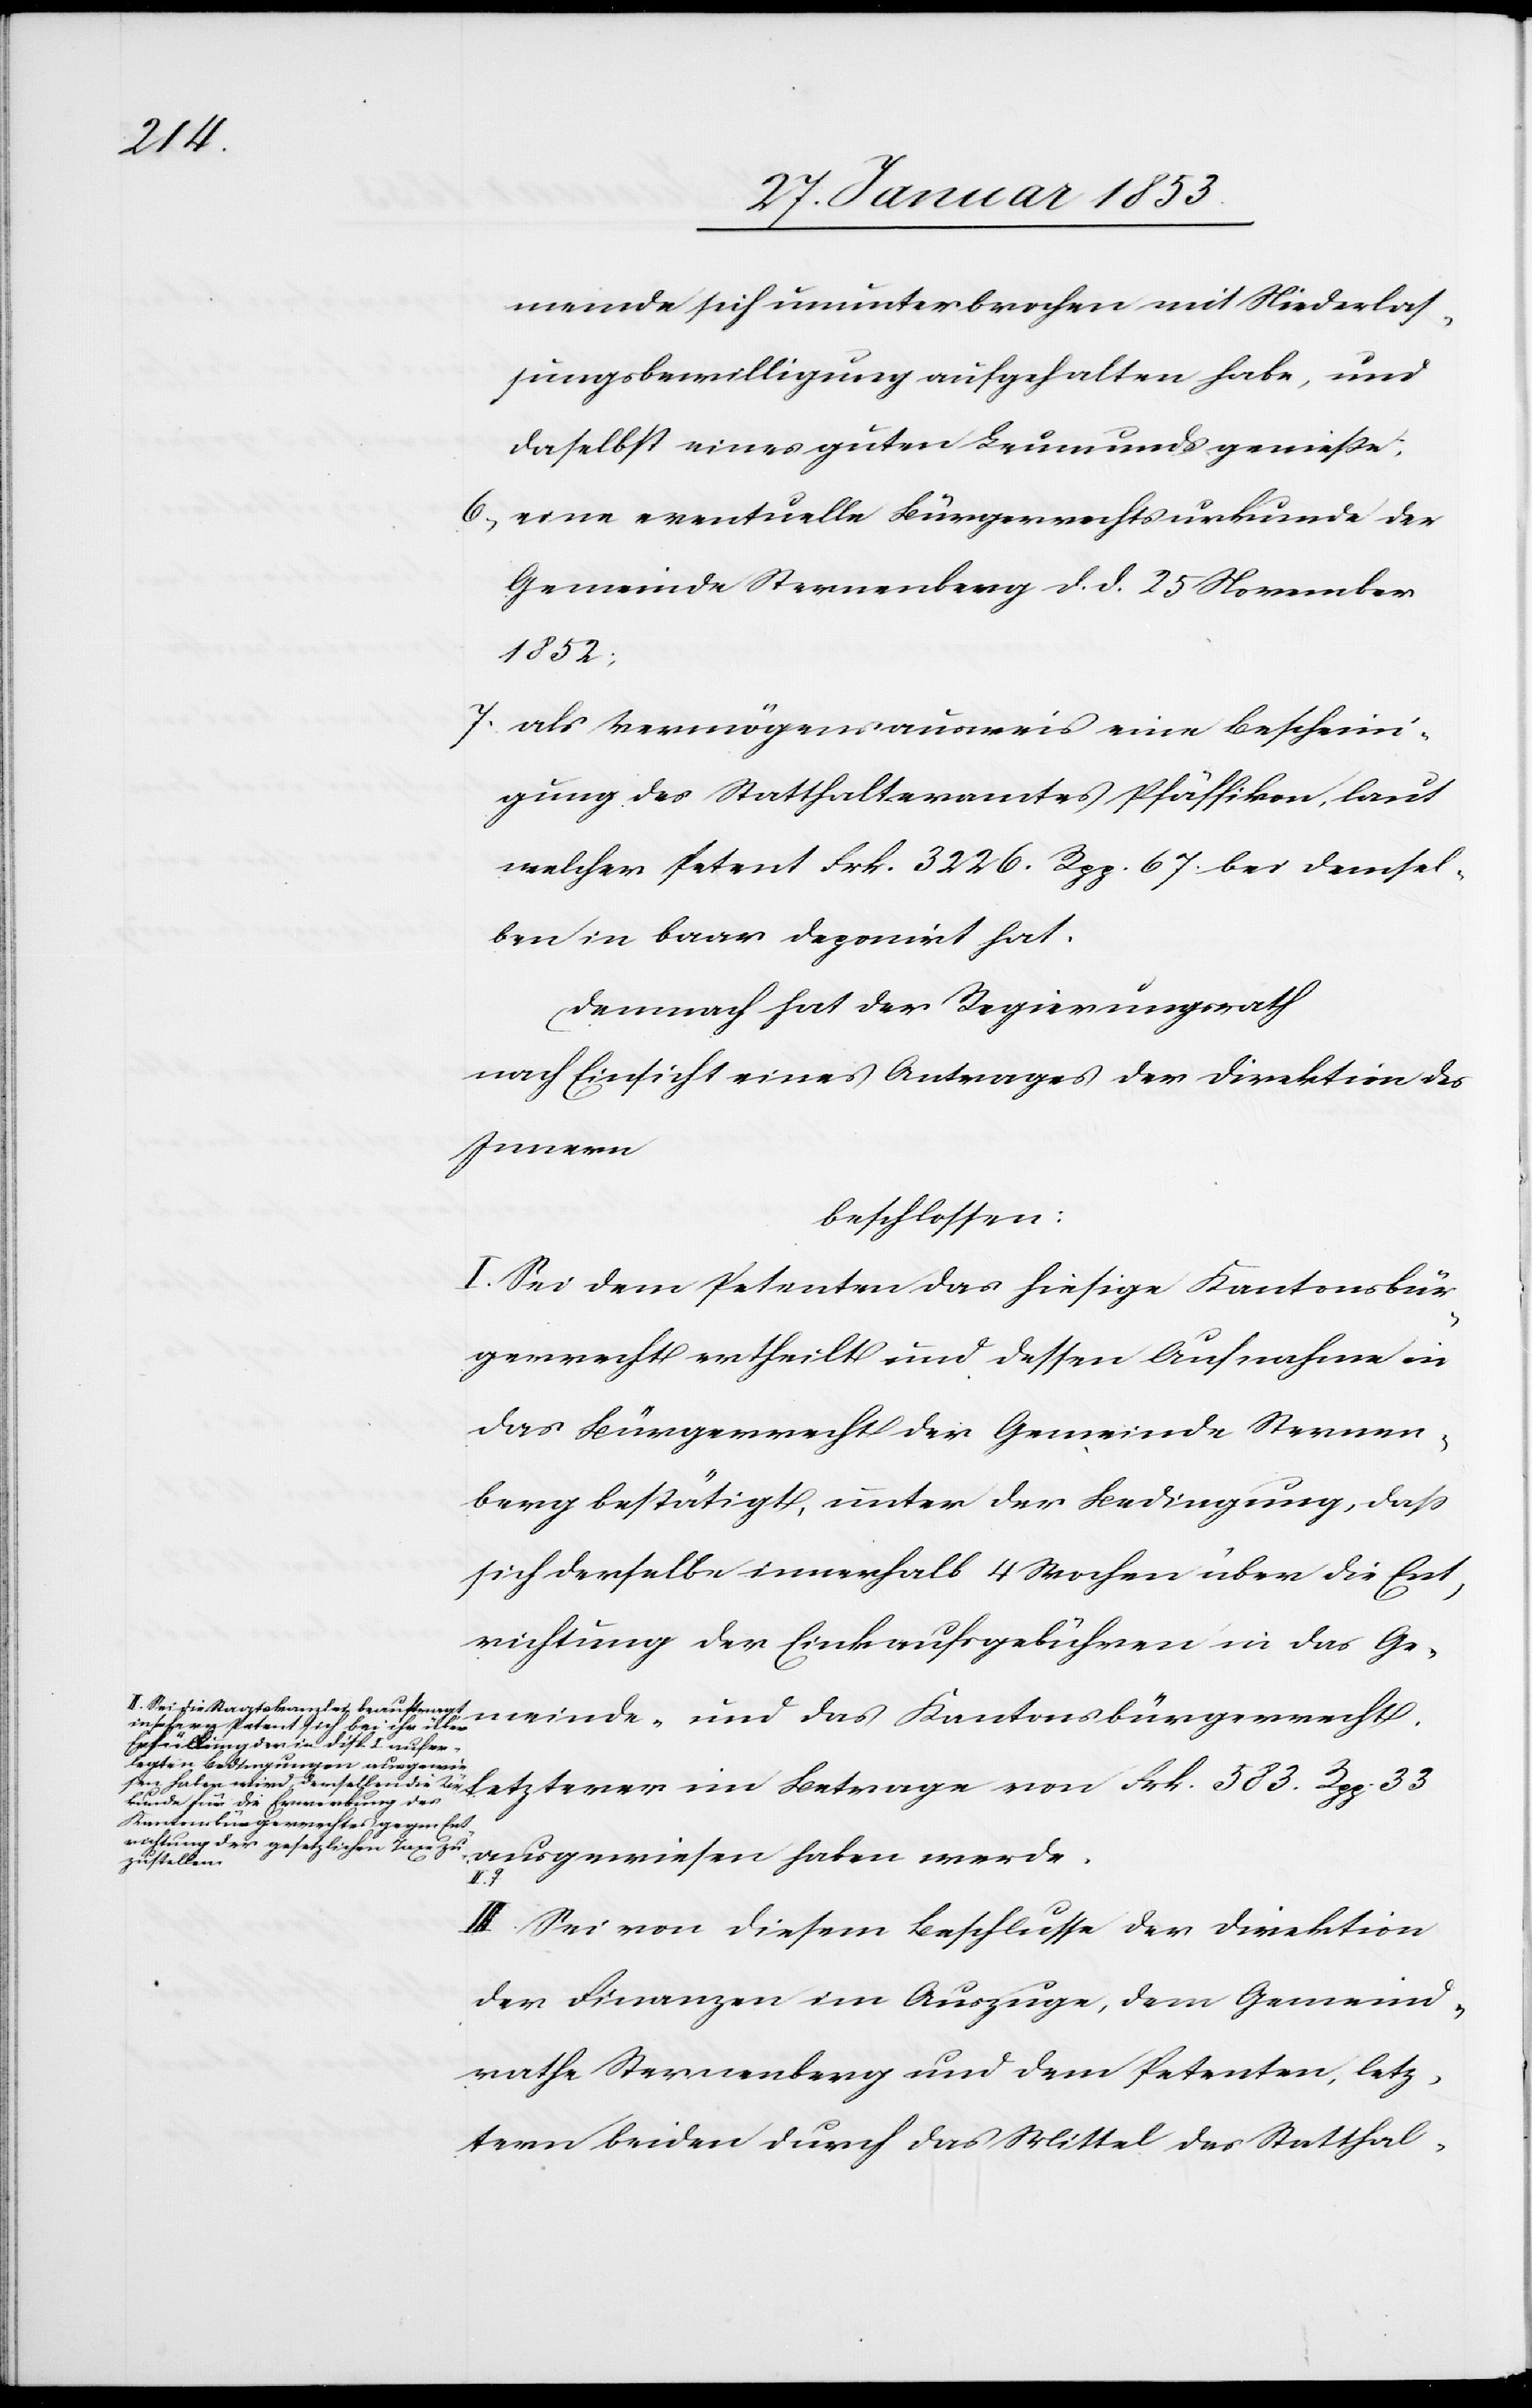
meinde sich ununterbrochen mit Niederlaß¬
ungsbewilligung aufgehalten habe, und
daselbst eines guten Leumunds genieße;
6, eine eventuelle Bürgerrechtsurkunde der
Gemeinde Sternenberg d. d. 25 November
1852;
7, als Vermögensausweis eine Bescheini¬
gung des Statthalteramtes Pfäffikon, laut
welcher Petent Frk. 3226. Rpp. 67 bei demsel¬
ben in baar deponirt hat.
Demnach hat der Regierungsrath
nach Einsicht eines Antrages der Direktion des
Innern
beschlossen:
I. Sei dem Petenten das hiesige Kantonsbür¬
gerrecht ertheilt und dessen Aufnahme in
das Bürgerrecht der Gemeinde Sternen¬
berg bestätigt, unter der Bedingung, daß
sich derselbe innerhalb 4 Wochen über die Ein¬
richtung der Einkaufsgebühren in das Ge¬
II. Sei die Staatskanzlei beauftragt
meinde- und das Kantonsbürgerrecht.
insofern Petent sich bei ihr über
Erfüllung der in disp. I. aufer¬
legten Bedingungen ausgewie¬
de für die Erwerbung des
Kantonsbürgerrechtes gegen Ent¬
richtung der gesetzlichen Taxe zu¬
ausgewiesen haben werde.
die
zustellen.
III. Sei von diesem Beschlusse der Direktion
der Finanzen im Auszuge, dem Gemeind¬
rathe Sternenberg und dem Petenten, letz¬
tern beiden durch das Mittel des Statthal-